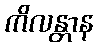
ကိလန္တာန